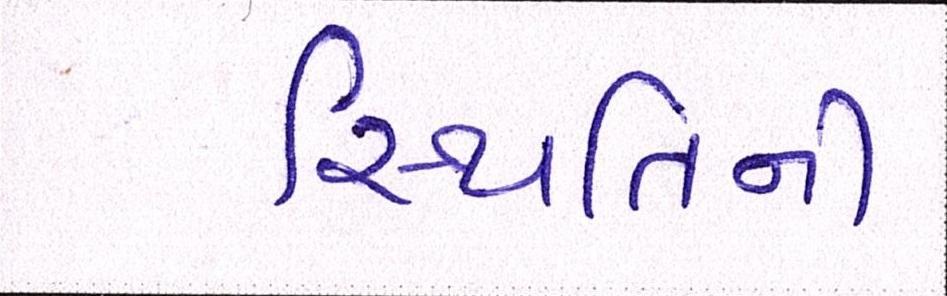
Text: સ્થિતિની